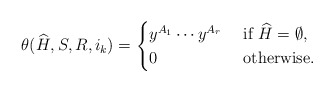
\begin{align*}\theta(\widehat{H},S,{R},i_k) = \begin{cases}y^{A_1} \dotsb y^{A_r} &\textrm{ if } \widehat{H} = \emptyset,\\0 &\textrm{ otherwise.}\end{cases}\end{align*}